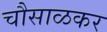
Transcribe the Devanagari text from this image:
चौसाळकर